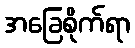
အခြေစိုက်ရာ